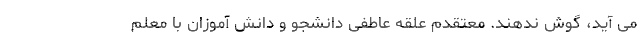
می آید، گوش ندهند. معتقدم علقه عاطفی دانشجو و دانش آموزان با معلم